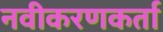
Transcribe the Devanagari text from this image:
नवीकरणकर्ता